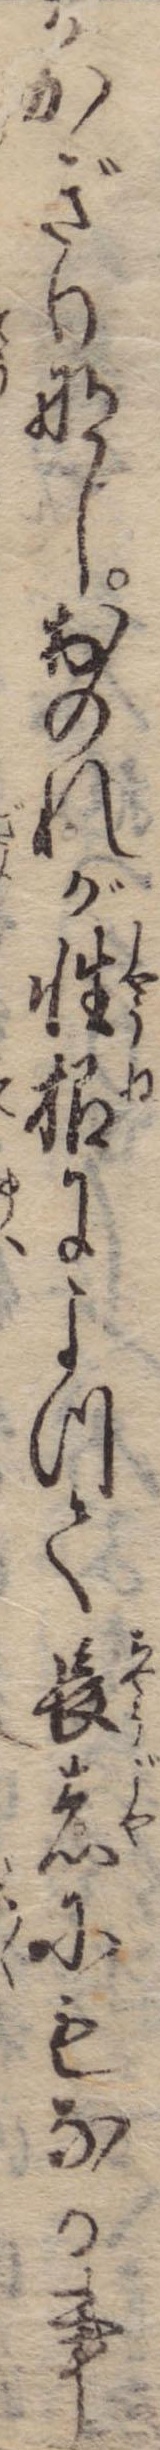
かかぎりなしおのれが性根によつて長者にもなる事